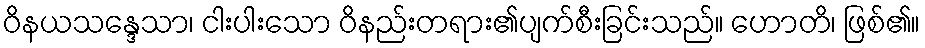
ဝိနယသန္ဒေသာ၊ ငါးပါးသော ဝိနည်းတရား၏ပျက်စီးခြင်းသည်။ ဟောတိ၊ ဖြစ်၏။